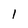
Character: 1